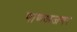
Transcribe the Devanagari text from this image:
पाणअजगर